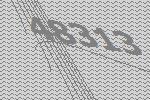
48313